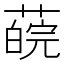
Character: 𦼍